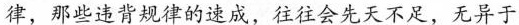
律，那些违背规律的速成，往往会先天不足，无异于